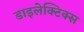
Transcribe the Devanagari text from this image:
डाइलेक्टिक्स